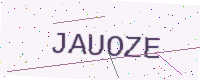
Text: JAUOZE